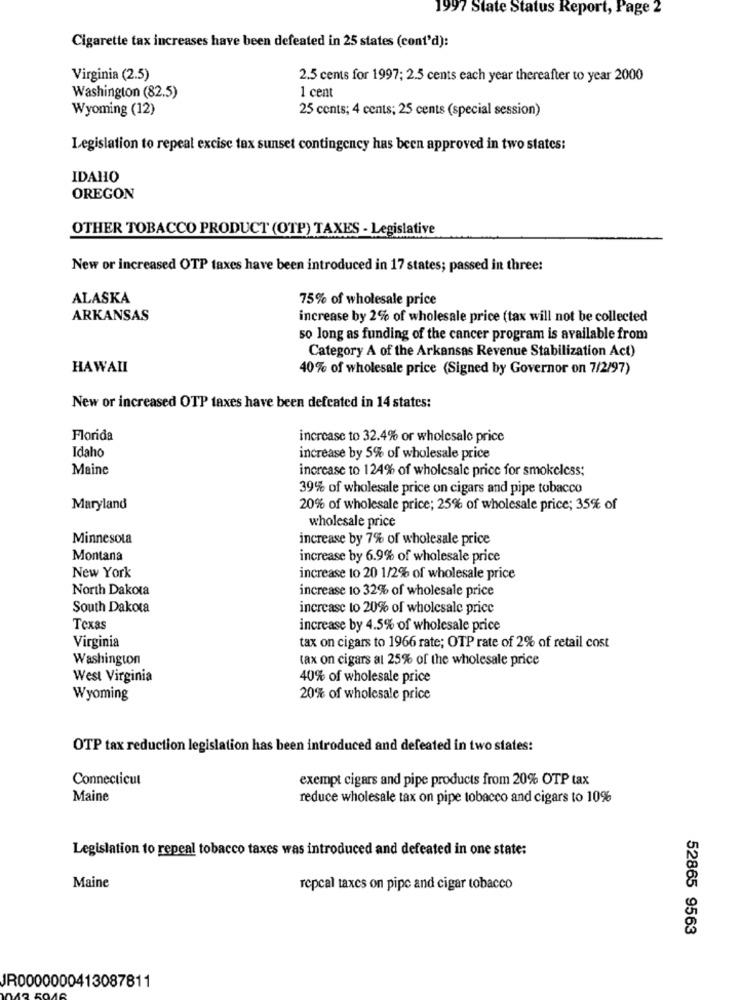
1997 State Status Report, Page 2
Cigarette tax increases have been defeated in 25 states (cont'd):
Virginia (2.5)
2.5 cents for 1997; 2.5 cents each year thereafter to year 2000
1 cent
Washington (82.5)
Wyoming (12)
25 cents; 4 cents; 25 cents (special session)
Legislation to repeal excise tax sunset contingency has been approved in two states:
IDAHO
OREGON
OTHER TOBACCO PRODUCT (OTP) TAXES - Legislative
New or increased OTP taxes have been introduced in 17 states; passed in three:
ALASKA
75% of wholesale price
ARKANSAS
increase by 2% of wholesale price (tax will not be collected
so long as funding of the cancer program is available from
Category A of the Arkansas Revenue Stabilization Act)
HAWAII
40% of wholesale price (Signed by Governor on 7/2/97)
New or increased OTP taxes have been defeated in 14 states:
Florida
increase to 32.4% or wholesale price
Idaho
increase by 5% of wholesale price
Maine
increase to 124% of wholesale price for smokeless;
39% of wholesale price on cigars and pipe tobacco
Maryland
20% of wholesale price; 25% of wholesale price; 35% of
wholesale price
Minnesota
increase by 7% of wholesale price
Montana
increase by 6.9% of wholesale price
New York
increase to 20 1/2% of wholesale price
North Dakota
increase to 32% of wholesale price
South Dakota
increase to 20% of wholesale price
Texas
increase by 4.5% of wholesale price
Virginia
tax on cigars to 1966 rate; OTP rate of 2% of retail cost
Washington
tax on cigars at 25% of the wholesale price
West Virginia
40% of wholesale price
Wyoming
20% of wholesale price
OTP tax reduction legislation has been introduced and defeated in two states:
Connecticut
exempt cigars and pipe products from 20% OTP tax
Maine
reduce wholesale tax on pipe tobacco and cigars to 10%
Legislation to repeal tobacco taxes was introduced and defeated in one state:
Maine
repcal taxes on pipe and cigar tobacco
52865 9563
JR0000000413087811